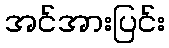
အင်အားပြင်း